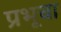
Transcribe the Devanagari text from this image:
प्रभूचा